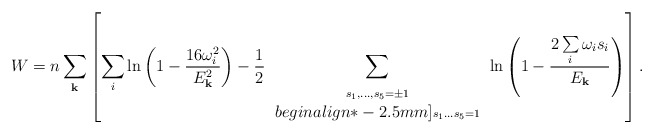
\begin{align*} W=n\sum_{\bf k}\left[\sum_{i} \ln\left(1-\frac{16\omega^2 _i}{E_{\bf k}^2}\right) -\frac{1}{2}\sum_{ \begin{array}{c} \scriptstyle s_1,\ldots,s_5=\pm 1\\begin{align*}-2.5mm] \scriptstyle s_1\ldots s_5=1 \end{array} }\ln\left(1-\frac{2\sum\limits_{i}\omega _is_i}{E_{\bf k}}\right)\right].\end{align*}